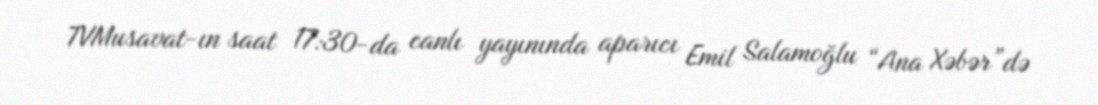
TVMusavat-ın saat 17:30-da canlı yayınında aparıcı Emil Salamoğlu “Ana Xəbər”də